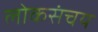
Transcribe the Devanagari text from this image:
लोकसंचय